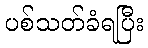
ပစ်သတ်ခံရပြီး